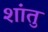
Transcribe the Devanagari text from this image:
शांतु